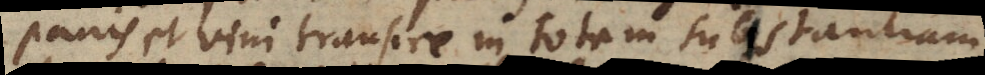
panis et vini transire in totam substantiam